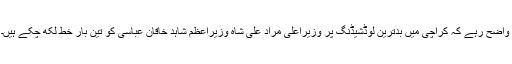
واضح رہے کہ کراچی میں بدترین لوڈشیڈنگ پر وزیراعلیٰ مراد علی شاہ وزیراعظم شاہد خاقان عباسی کو تین بار خط لکھ چکے ہیں۔